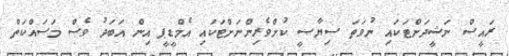
ރައީސް ނަޝީދަށްޓަކައި ނުވަތަ ސިޔާސީ ކުށްވެރިންނަށްޓަކައި އެމްޑީޕީ އިން އަބަދު ވެސް މަސައްކަތް